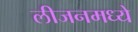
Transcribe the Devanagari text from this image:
लीजनमध्ये